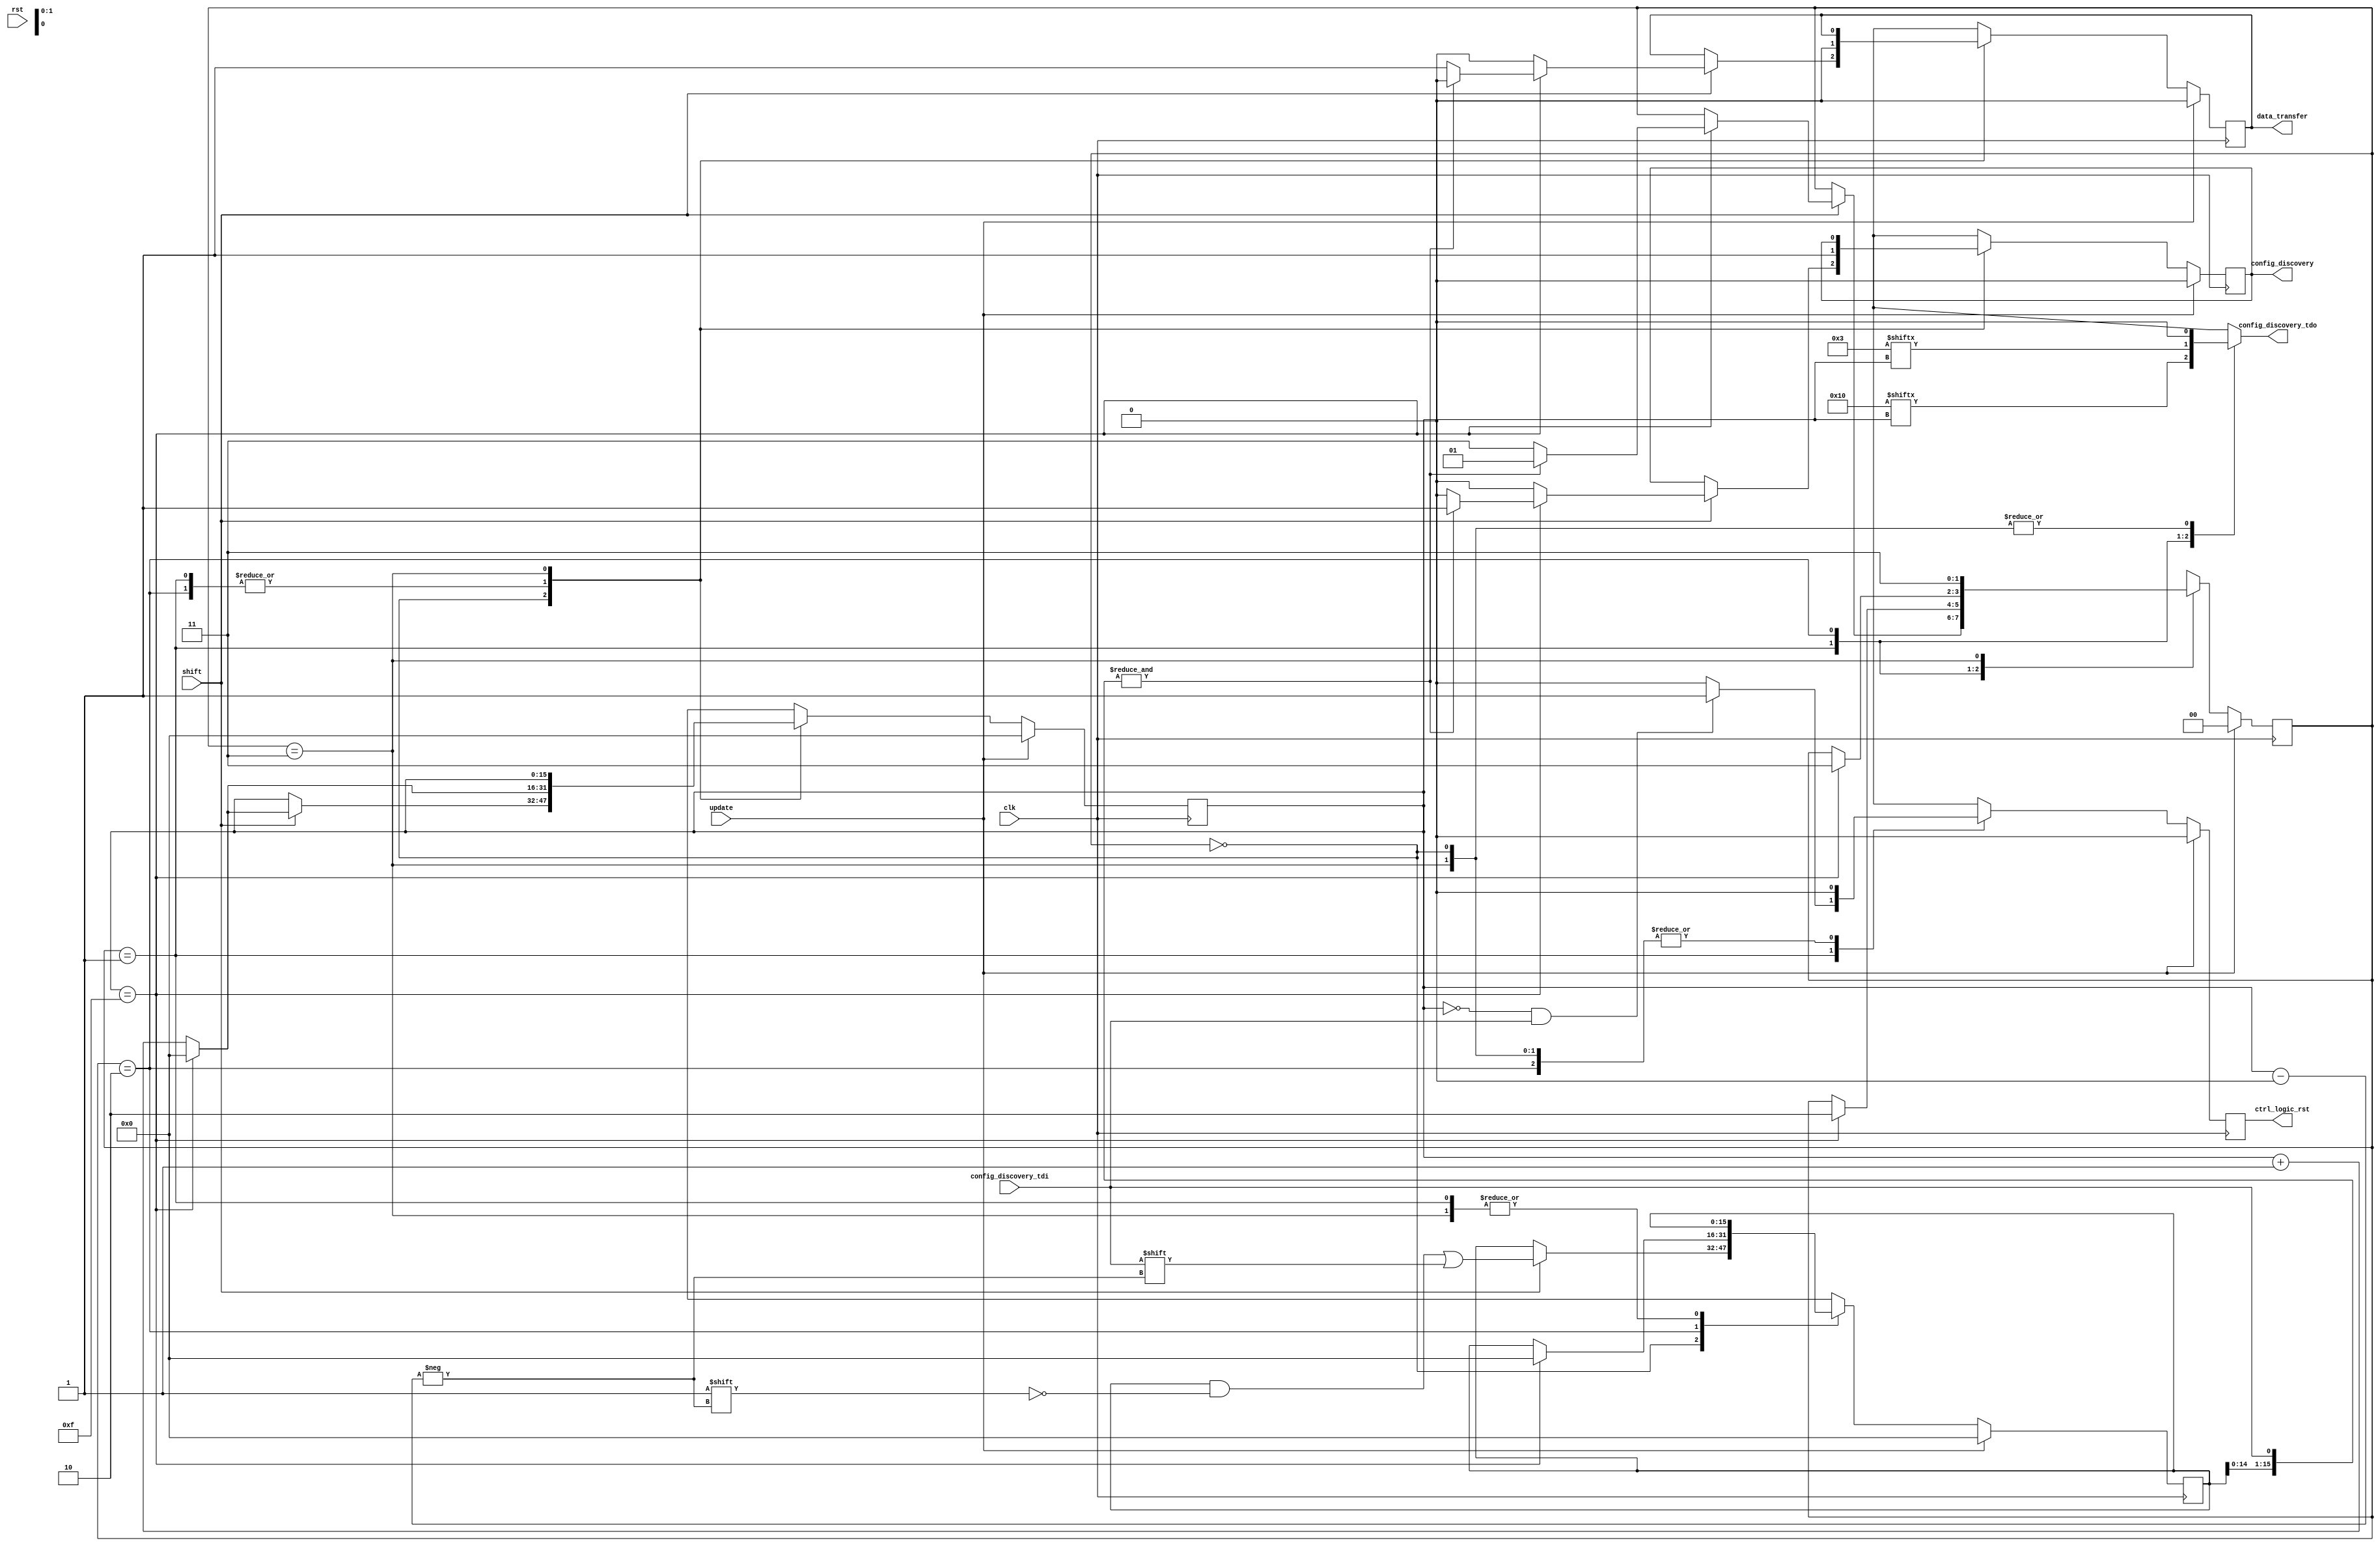
/* Copyright (c) 2014-2015 by the author(s)
 *
 * Permission is hereby granted, free of charge, to any person obtaining a copy
 * of this software and associated documentation files (the "Software"), to deal
 * in the Software without restriction, including without limitation the rights
 * to use, copy, modify, merge, publish, distribute, sublicense, and/or sell
 * copies of the Software, and to permit persons to whom the Software is
 * furnished to do so, subject to the following conditions:
 *
 * The above copyright notice and this permission notice shall be included in
 * all copies or substantial portions of the Software.
 *
 * THE SOFTWARE IS PROVIDED "AS IS", WITHOUT WARRANTY OF ANY KIND, EXPRESS OR
 * IMPLIED, INCLUDING BUT NOT LIMITED TO THE WARRANTIES OF MERCHANTABILITY,
 * FITNESS FOR A PARTICULAR PURPOSE AND NONINFRINGEMENT. IN NO EVENT SHALL THE
 * AUTHORS OR COPYRIGHT HOLDERS BE LIABLE FOR ANY CLAIM, DAMAGES OR OTHER
 * LIABILITY, WHETHER IN AN ACTION OF CONTRACT, TORT OR OTHERWISE, ARISING FROM,
 * OUT OF OR IN CONNECTION WITH THE SOFTWARE OR THE USE OR OTHER DEALINGS IN
 * THE SOFTWARE.
 *
 * =============================================================================
 *
 * GLIP JTAG: Configuration Discovery FSM
 *
 * Author(s):
 *   Philipp Wagner <philipp.wagner@tum.de>
 *   Alexandra Weber <sandra.eli.weber@tum.de>
 *   Jan Alexander Wessel <jan.wessel@tum.de>
 */
 module glip_jtag_config_discovery_fsm(/*AUTOARG*/
   // Outputs
   data_transfer, config_discovery, config_discovery_tdo,
   ctrl_logic_rst,
   // Inputs
   config_discovery_tdi, clk, rst, shift, update
   );

   parameter WORD_WIDTH = 16;
   parameter NUM_WORDS = 3;

   input config_discovery_tdi;
   input clk;
   input rst;
   input shift;
   input update;

   output reg data_transfer;
   output reg config_discovery;
   output reg config_discovery_tdo;

   output reg ctrl_logic_rst;

   reg nxt_ctrl_logic_rst;
   reg nxt_data_transfer;
   reg nxt_config_discovery;

   reg [1:0] config_state;
   reg [1:0] nxt_config_state;

   reg [WORD_WIDTH-1:0] bit_cnt;
   reg [WORD_WIDTH-1:0] nxt_bit_cnt;

   reg [WORD_WIDTH-1:0] word_width = WORD_WIDTH;
   reg [WORD_WIDTH-1:0] words_per_transfer = NUM_WORDS;

   reg [WORD_WIDTH-1:0] in_reg;
   reg [WORD_WIDTH-1:0] nxt_in_reg;

   localparam IDLE = 2'b00;
   localparam SEND_WORD_WIDTH = 2'b01;
   localparam SEND_BUFFER_SIZE = 2'b10;
   localparam WAIT_FOR_UPDATE = 2'b11;

   always @ (*) begin: conf_fsm

      nxt_bit_cnt = bit_cnt;
      nxt_config_state = config_state;
      nxt_in_reg = in_reg;
      nxt_data_transfer = data_transfer;
      nxt_config_discovery = config_discovery;
      nxt_ctrl_logic_rst = 1'b0;

      case (config_state)

         IDLE: begin : config_discovery_fsm_is_idle
            config_discovery_tdo = 1'b0;
            if (shift) begin
               nxt_bit_cnt = bit_cnt + 1;
               nxt_in_reg[bit_cnt] = config_discovery_tdi;
               nxt_config_discovery = 1'b0;
               nxt_data_transfer = 1'b0;
               if (bit_cnt == WORD_WIDTH - 1) begin
                  nxt_bit_cnt = 0;
                  if (&{config_discovery_tdi, in_reg[WORD_WIDTH-2:0]}) begin
                     nxt_config_state = SEND_WORD_WIDTH;
                     nxt_config_discovery = 1'b1;
                     nxt_data_transfer = 1'b0;
                  end else begin
                     nxt_config_state = WAIT_FOR_UPDATE;
                     nxt_data_transfer = 1'b1;
                     nxt_config_discovery = 1'b0;
                  end
               end
            end
         end

         SEND_WORD_WIDTH: begin: output_of_word_width
            nxt_bit_cnt = bit_cnt + 1;
            nxt_config_discovery = 1'b1;
            nxt_data_transfer = 1'b0;
            config_discovery_tdo = word_width[bit_cnt];

            // read side channel data
            if (bit_cnt == 0 && config_discovery_tdi == 1'b1) begin
               // bit 0: logic reset
               nxt_ctrl_logic_rst = 1'b1;
            end

            if (bit_cnt == WORD_WIDTH - 1) begin
               nxt_bit_cnt = 0;
               nxt_config_state = SEND_BUFFER_SIZE;
            end
         end

         SEND_BUFFER_SIZE: begin: output_of_buffer_size
            nxt_bit_cnt = bit_cnt + 1;
            nxt_config_discovery = 1'b1;
            nxt_data_transfer = 1'b0;
            config_discovery_tdo = words_per_transfer[bit_cnt];
            if (bit_cnt == WORD_WIDTH - 1) begin
               nxt_bit_cnt = 0;
               nxt_config_state = WAIT_FOR_UPDATE;
               nxt_in_reg = 0;
            end
         end

         WAIT_FOR_UPDATE: begin: wait_for_new_shifting_cycle
            config_discovery_tdo = 1'b0;
            if (update) begin
               nxt_config_state = IDLE;
            end else begin
               nxt_config_state = WAIT_FOR_UPDATE;
            end
         end

      endcase
   end

   always @ (posedge clk) begin
      if (update) begin
         bit_cnt <= 0;
         config_state <= IDLE;
         in_reg <= 0;
         config_discovery <= 1'b0;
         data_transfer <= 1'b0;
         ctrl_logic_rst <= 1'b0;
      end else begin
         bit_cnt <= nxt_bit_cnt;
         config_state <= nxt_config_state;
         in_reg <= nxt_in_reg;
         data_transfer <= nxt_data_transfer;
         config_discovery <= nxt_config_discovery;
         ctrl_logic_rst <= nxt_ctrl_logic_rst;
      end
   end
endmodule